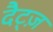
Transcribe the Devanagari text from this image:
दैट्ज़